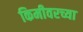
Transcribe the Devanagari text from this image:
किमीवरच्या